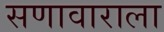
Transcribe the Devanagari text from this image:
सणावाराला